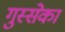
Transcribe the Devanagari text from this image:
गुस्सेका